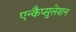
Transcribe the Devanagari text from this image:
एन्कैप्सुलेशन